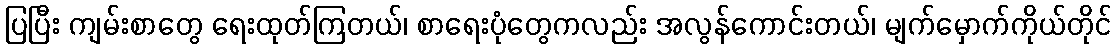
ပြပြီး ကျမ်းစာတွေ ရေးထုတ်ကြတယ်၊ စာရေးပုံတွေကလည်း အလွန်ကောင်းတယ်၊ မျက်မှောက်ကိုယ်တိုင်